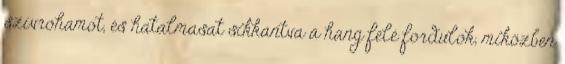
szívrohamot, és hatalmasat sikkantva a hang felé fordulok, miközben